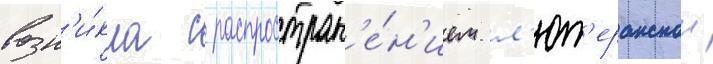
возн'и́кла с распростран'е́н'ием л'ют'еранскои